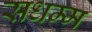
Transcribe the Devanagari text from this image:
सधम्म